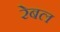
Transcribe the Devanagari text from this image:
रेबल